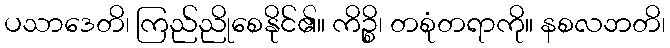
ပသာဒေတိ၊ ကြည်ညိုစေနိုင်၏။ ကိဉ္စိ၊ တစုံတရာကို။ နစလဘတိ၊